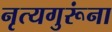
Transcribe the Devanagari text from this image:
नृत्यगुरूंना